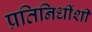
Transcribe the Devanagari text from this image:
प्रतिनिधींशी